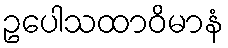
ဥပေါသထာဝိမာနံ